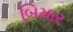
બિમાર